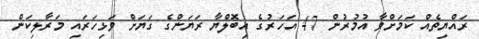
ރައްޔިތެއް ކަމަށްވާ އުމުރުން 47 އަހަރުގެ އިބޮލްޔާ ރަޔަންގެ ގަޔަށް ވަޅިހަރައި މަރާލިކަން